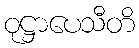
ဝုဋ္ဌာပေသီတိ